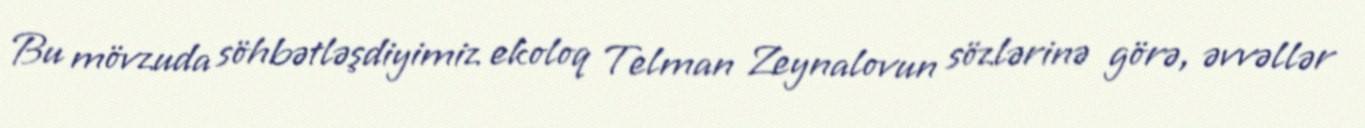
Bu mövzuda söhbətləşdiyimiz ekoloq Telman Zeynalovun sözlərinə görə, əvvəllər